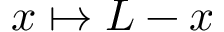
x \mapsto L - x